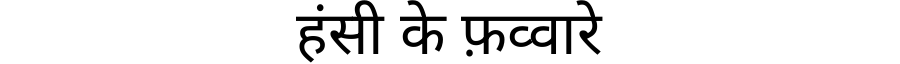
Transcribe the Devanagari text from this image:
हंसी के फ़व्वारे